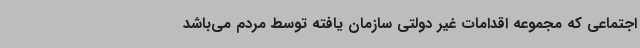
اجتماعی که مجموعه اقدامات غیر دولتی سازمان یافته توسط مردم می‌باشد